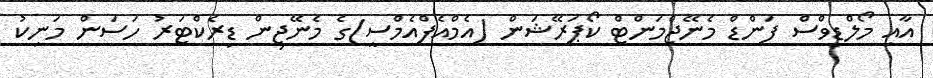
އާއި މޯލްޑިވްސް ފަންޑް މެނޭޖްމަންޓް ކޯޕަރޭޝަން (އެމްއެފްއެމްސީ)ގެ މެނޭޖިން ޑިރެކްޓަރު ހަސަން މަނިކު